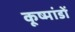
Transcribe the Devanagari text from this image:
कूष्मांडों